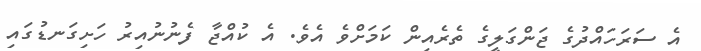
އެ ސަރަހައްދުގެ ޖަންގަލީގެ ތެރެއިން ކަމަށްވެ އެވެ. އެ ކުއްޖާ ފެނުނުއިރު ހަށިގަނޑުގައި